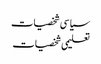
سیا سی شخصیات
تعلیمی شخصیات